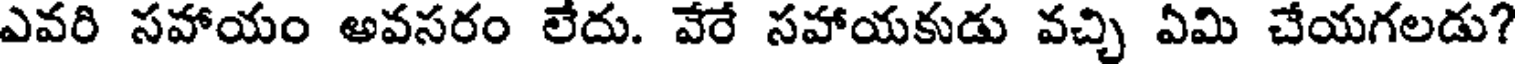
ఎవరి సహాయం అవసరం లేదు. వేరే సహాయకుడు వచ్చి ఏమి చేయగలడు?